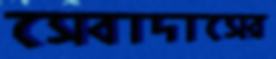
সেবাদাসের